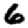
Digit: 6